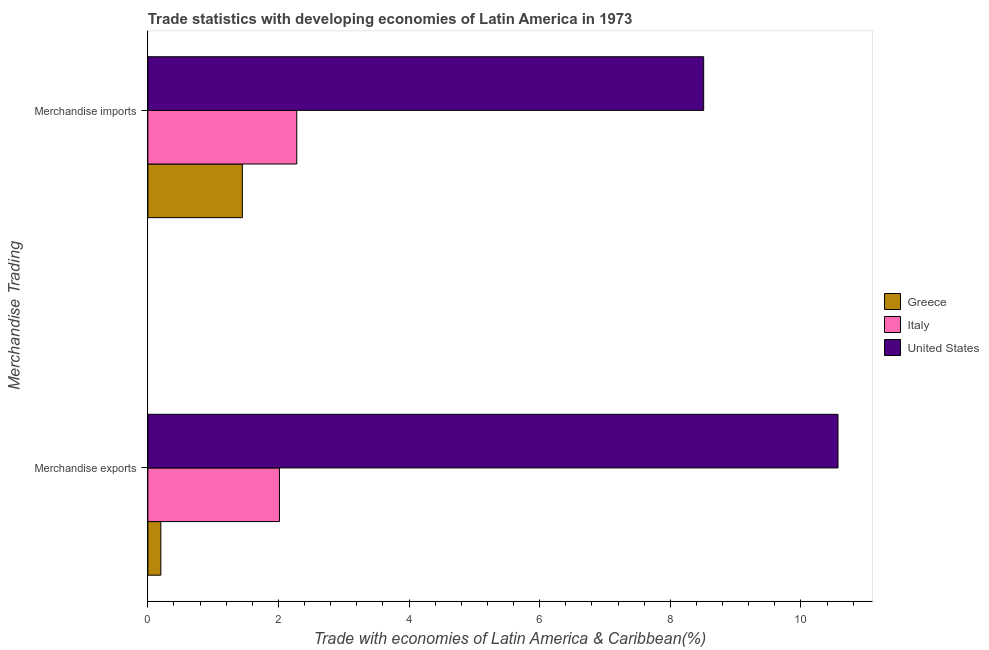
| Merchandise Trading | Greece | Italy | United States |
 | --- | --- | --- | --- |
 | Merchandise exports | 0.199 | 2.01 | 10.6 |
 | Merchandise imports | 1.45 | 2.28 | 8.51 |